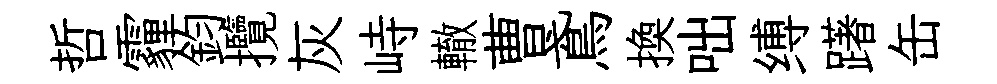
哲霾鈞攬灰峙轍曹鳶換咄缚躇缶